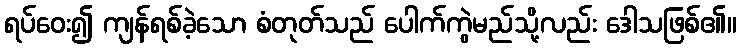
ရပ်ဝေး၍ ကျန်ရစ်ခဲ့သော စံတုတ်သည် ပေါက်ကွဲမည်သို့လည်း ဒေါသဖြစ်၏။